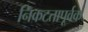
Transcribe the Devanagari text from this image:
निकटतापूर्वक